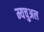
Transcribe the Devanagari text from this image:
म्यचुअल